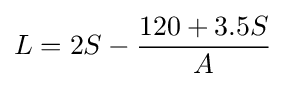
L=2S-{\frac {120+3.5S}{A}}